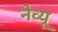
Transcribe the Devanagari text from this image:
नेव्यू